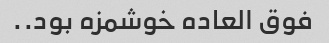
فوق العاده خوشمزه بود..